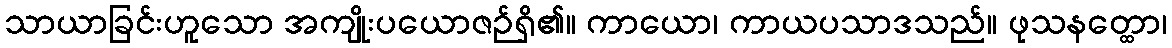
သာယာခြင်းဟူသော အကျိုးပယောဇဉ်ရှိ၏။ ကာယော၊ ကာယပသာဒသည်။ ဖုသနတ္ထော၊